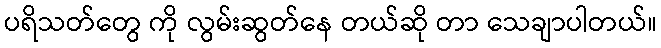
ပရိသတ်တွေ ကို လွမ်းဆွတ်နေ တယ်ဆို တာ သေချာပါတယ်။